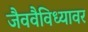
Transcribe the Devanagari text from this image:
जैववैविध्यावर